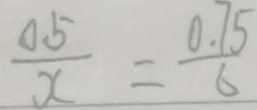
\frac { 0 . 5 } { x } = \frac { 0 . 7 5 } { 6 }